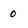
Character: 0